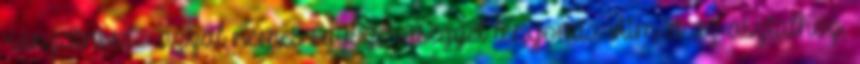
rángatnom – azzal nemes egyszerűséggel lenyomta Aim-et az asztalhoz,